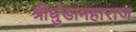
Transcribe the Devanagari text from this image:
श्रीधुंडामहाराज